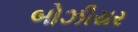
બોઝીયર